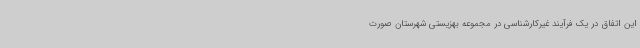
این اتفاق در یک فرآیند غیرکارشناسی در مجموعه بهزیستی شهرستان صورت